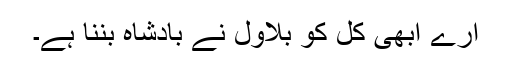
ارے ابھی کل کو بلاول نے بادشاہ بننا ہے۔